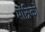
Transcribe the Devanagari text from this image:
मांत्रिकों